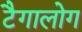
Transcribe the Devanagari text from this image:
टैगालोग